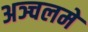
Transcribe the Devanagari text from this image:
अञ्चलमे